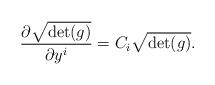
LaTeX: \begin{align*}\dfrac{\partial \sqrt{\det (g)}}{\partial y^{i}}=C_{i}\sqrt{\det (g)}.\end{align*}